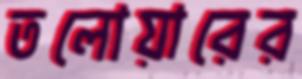
তলোয়ারের